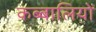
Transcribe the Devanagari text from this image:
कब्बालियों